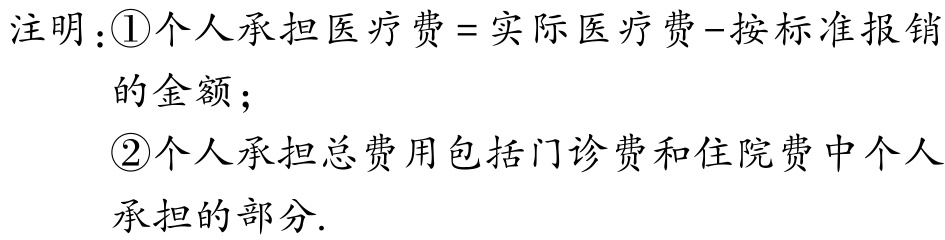
注明：\textcircled{1}个人承担医疗费 = 实际医疗费 - 按标准报销

的金额；

\textcircled{2}个人承担总费用包括门诊费和住院费中个人

承担的部分.